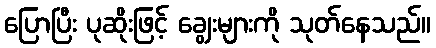
ပြောပြီး ပုဆိုးဖြင့် ချွေးများကို သုတ်နေသည်။